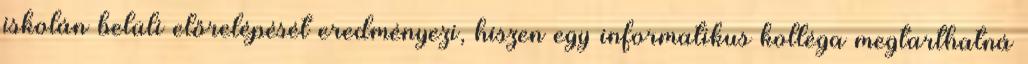
iskolán belüli előrelépését eredményezi, hiszen egy informatikus kolléga megtarthatná